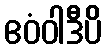
ဧဝံဝါဒီပိ